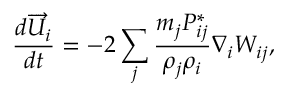
\frac { d \overrightarrow { U } _ { i } } { d t } = - 2 \sum _ { j } \frac { m _ { j } P _ { i j } ^ { * } } { \rho _ { j } \rho _ { i } } \nabla _ { i } W _ { i j } ,